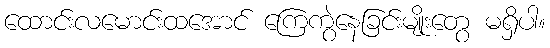
ထောင်းလမောင်းထအောင် ကြေကွဲနေခြင်းမျိုးတွေ မရှိပါ။